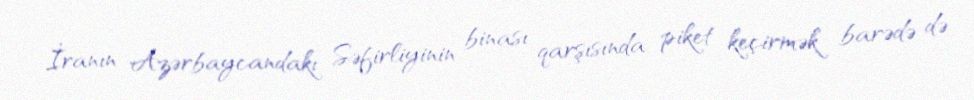
İranın Azərbaycandakı Səfirliyinin binası qarşısında piket keçirmək barədə də